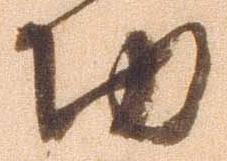
切